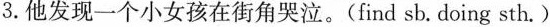
3.他发现一个小女孩在街角哭泣。(find sb.doing sth。)